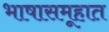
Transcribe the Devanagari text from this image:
भाषासमूहात